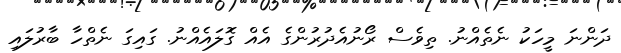
ދަންނަ މީހަކު ނެތެއްނު. ތިވެސް ރޯނުއެދުރުންގެ އެއް ގޮލައެއްނު. ގައިގަ ނެތްހާ ބާރުލައި